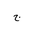
Letter: _gim